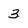
Character: 3